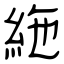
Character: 絁